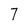
Character: 7